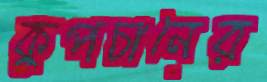
কুপচানের